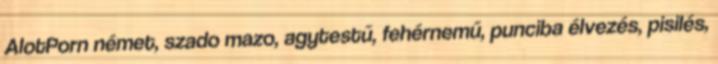
AlotPorn német, szado mazo, agytestű, fehérnemű, punciba élvezés, pisilés,